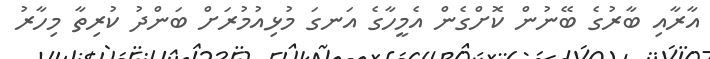
އާރާއި ބާރުގެ ބޭނުން ކޮށްގެން އެމީހާގެ އަނގަ މުޅިއުމުރަށް ބަންދު ކުރިތާ މިހާރު